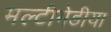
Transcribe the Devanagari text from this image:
मल्टीमेडीया